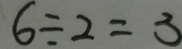
6 \div 2 = 3